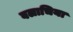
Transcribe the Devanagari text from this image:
वलाचिया